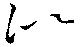
似